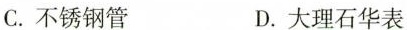
C.不锈钢管 D.大理石华表